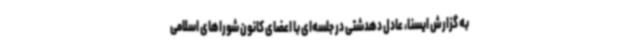
به گزارش ایسنا، عادل دهدشتی در جلسه‌ای با اعضای کانون شوراهای اسلامی